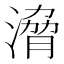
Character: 𣹩